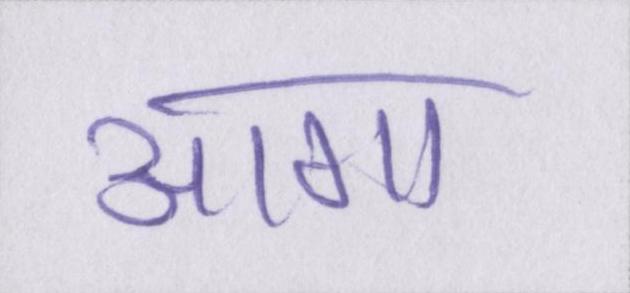
आगा